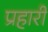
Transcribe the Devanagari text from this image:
प्रहारी